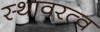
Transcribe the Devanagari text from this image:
स्थावरत्व